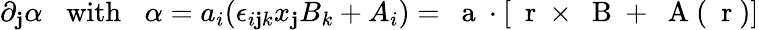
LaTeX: \partial_{\mathbf{j}}\alpha\; \; \; \mathrm{{with}}\; \; \; \alpha=a_{i}(\epsilon_{i\mathbf{j}k}x_{\mathbf{j}}B_{k}+A_{i})={\mathrm{{~\mathbf{~}a~}}}\cdot[\mathrm{{~\mathbf{~}r~}}\times\mathrm{{~\mathbf{~}B~}}+\mathrm{{~\mathbf{~}A~}}(\mathrm{{~\mathbf{~}r~}})]